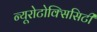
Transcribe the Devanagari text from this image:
न्यूरोटोक्सिसिटी